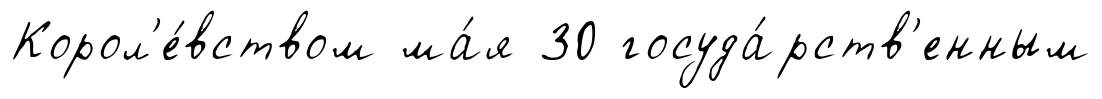
Корол'е́вством ма́я 30 госуда́рств'енным